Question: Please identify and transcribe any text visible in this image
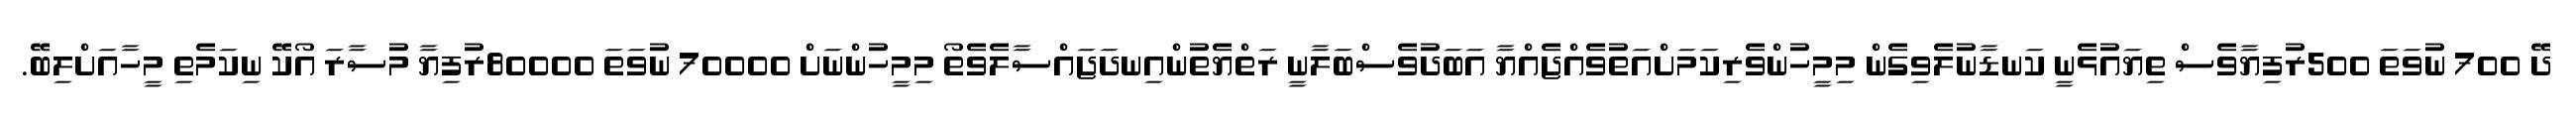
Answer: ދޭ 700 ނުވަތަ 500ރުފިޔާވެސް ތިޔައުޅެނީ ކަނޑާނުލެވިގެން މިމީހުންވެރިކަމަށްއަތުވެއްޖެއްޔާ އަބަދުވެސްބަލާނީ ރަތްޔެތުންއިނދަޖައްސާލެވެތޯ މިމީހުންނަށް 70000 ނުވަތަ 80000ރުފިޔާ މުސާރަ އޯކޭ ނިކަމެތި މީހާއަށްލިބޭ.